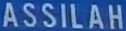
ASSILAH